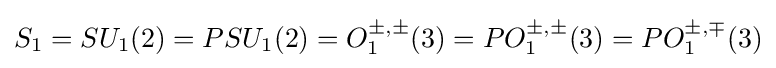
S_{1}=SU_{1}(2)=PSU_{1}(2)=O_{1}^{\pm ,\pm }(3)=PO_{1}^{\pm ,\pm }(3)=PO_{1}^{\pm ,\mp }(3)